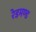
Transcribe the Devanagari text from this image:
रेडमण्ड